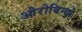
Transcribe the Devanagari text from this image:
ओरोबिन्दो